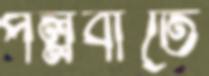
পল্লবীতে